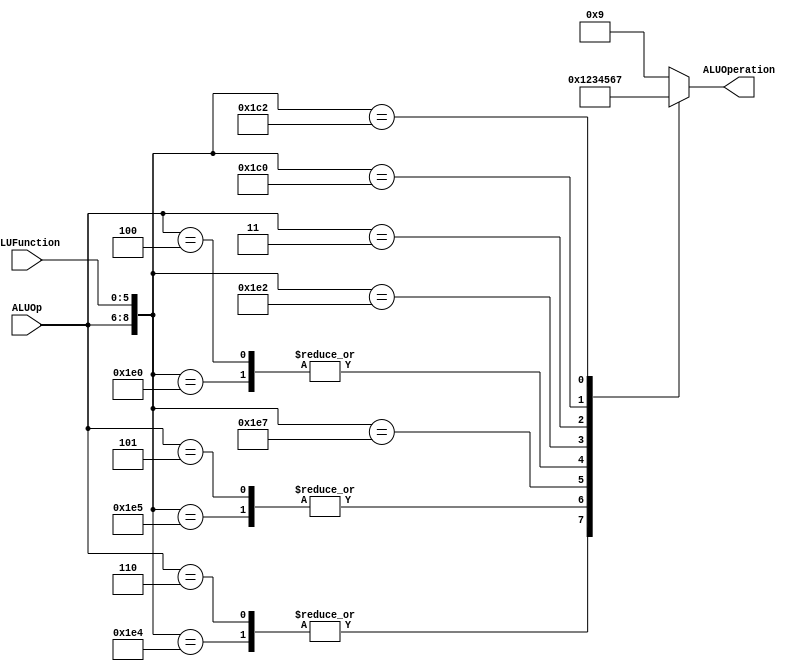
/******************************************************************
* Description
*	This is the control unit for the ALU. It receves an signal called 
*	ALUOp from the control unit and a signal called ALUFunction from
*	the intrctuion field named function.
* Version:
*	1.0
* Author:
*	Dr. Jos Luis Pizano Escalante
* email:
*	luispizano@iteso.mx
* Date:
*	01/03/2014
******************************************************************/
module ALUControl
(
	input [2:0] ALUOp,			// Viene asignado de ALUControl
	input [5:0] ALUFunction,	// Viene directo de la ROM
	output [3:0] ALUOperation

);
//

							  // 9'ALUOp_FUNCT;   tipo I y J no tiene FUNCT 
localparam R_Type_AND    = 9'b111_100100;
localparam R_Type_OR     = 9'b111_100101;
localparam R_Type_NOR    = 9'b111_100111;
localparam R_Type_ADD    = 9'b111_100000;
localparam R_Type_SUB	 = 9'b111_100010;	// Funct = 22H aqu correg el Funct porque en simulacin salia mal la resta  la ALU sacaba el valor 0 (por default)
localparam R_Type_SLL	 = 9'b111_000000; // Funct = 00H
localparam R_Type_SRL	 = 9'b111_000010; // Funct = 02H

localparam I_Type_ADDI   = 9'b100_xxxxxx;
localparam I_Type_ORI    = 9'b101_xxxxxx;
localparam I_Type_ANDI	 = 9'b110_xxxxxx; // AluOp = 110
localparam I_Type_LUI    = 9'b011_xxxxxx;	// los primeros 3 bits deben coincidir con el ALUOp de Control.v

reg [3:0] ALUControlValues;
wire [8:0] Selector;

assign Selector = {ALUOp, ALUFunction};

always@(Selector)begin
	casex(Selector)
		R_Type_AND:    ALUControlValues = 4'b0000;	//# PDF: defin cte. arbitraria para "and" hacia ALU.v
		I_Type_ANDI:	ALUControlValues = 4'b0000;
		R_Type_OR: 		ALUControlValues = 4'b0001;	//# "	"
		I_Type_ORI:		ALUControlValues = 4'b0001;
		R_Type_NOR:		ALUControlValues = 4'b0010;	//# "	"
		R_Type_ADD:		ALUControlValues = 4'b0011;	//
		I_Type_ADDI:	ALUControlValues = 4'b0011;
		R_Type_SUB:		ALUControlValues = 4'b0100;
		I_Type_LUI: 	ALUControlValues = 4'b0101;	// defin cte. arbitraria para "lui" hacia ALU.v
		R_Type_SLL:		ALUControlValues = 4'b0110;	// defin cte. 6d
		R_Type_SRL:		ALUControlValues = 4'b0111;	// defin cte. 7d
		default: ALUControlValues = 4'b1001;
	endcase
end
//

assign ALUOperation = ALUControlValues;

endmodule
//alucontrol